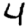
Digit: 4